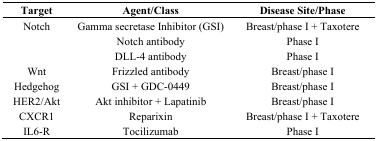
<table><thead><tr><td><b>Target</b></td><td><b>Agent/Class</b></td><td><b>Disease Site/Phase</b></td></tr></thead><tbody><tr><td>Notch</td><td>Gamma secretase Inhibitor (GSI)</td><td>Breast/phase I + Taxotere</td></tr><tr><td></td><td>Notch antibody</td><td>Phase I</td></tr><tr><td></td><td>DLL-4 antibody</td><td>Phase I</td></tr><tr><td>Wnt</td><td>Frizzled antibody</td><td>Breast/phase I</td></tr><tr><td>Hedgehog</td><td>GSI + GDC-0449</td><td>Breast/phase I</td></tr><tr><td>HER2/Akt</td><td>Akt inhibitor + Lapatinib</td><td>Breast/phase I</td></tr><tr><td>CXCR1</td><td>Reparixin</td><td>Breast/phase I + Taxotere</td></tr><tr><td>IL6-R</td><td>Tocilizumab</td><td>Phase I</td></tr></tbody></table>